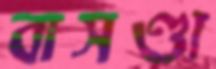
বাসণ্ডা